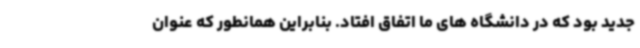
جدید بود که در دانشگاه های ما اتفاق افتاد. بنابراین همانطور که عنوان